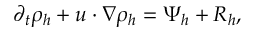
\partial _ { t } \rho _ { h } + u \cdot \nabla \rho _ { h } = \Psi _ { h } + R _ { h } ,